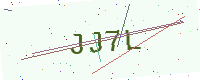
Text: JJ7L